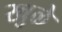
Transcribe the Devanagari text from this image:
खुळे